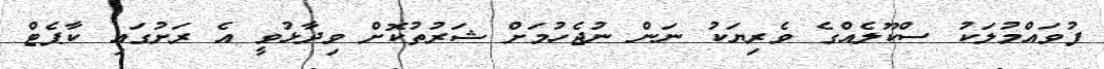
ފުވައްމުލަކު ސްކޫލެއްގެ ވެރިޔަކު ނަން ނުޖެހުމަށް ޝަރުތުކޮށް ވިދާޅުވީ އެ ރަށުގައި ކާޕެޓް